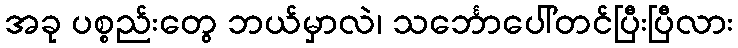
အခု ပစ္စည်းတွေ ဘယ်မှာလဲ၊ သင်္ဘောပေါ်တင်ပြီးပြီလား